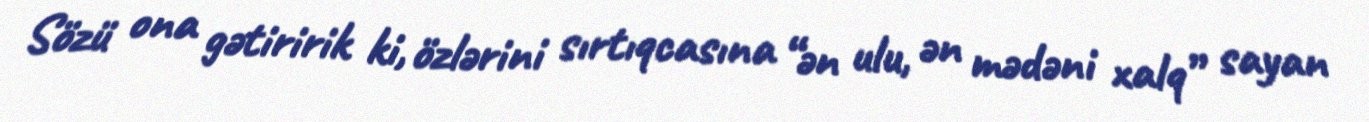
Sözü ona gətiririk ki, özlərini sırtıqcasına “ən ulu, ən mədəni xalq” sayan